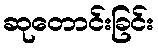
ဆုတောင်းခြင်း